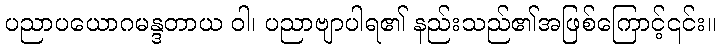
ပညာပယောဂမန္ဒတာယ ဝါ၊ ပညာဗျာပါရ၏ နည်းသည်၏အဖြစ်ကြောင့်၎င်း။